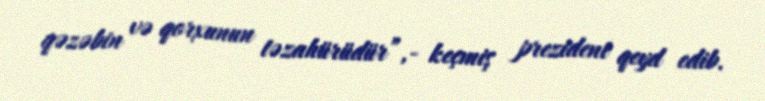
qəzəbin və qorxunun təzahürüdür”,- keçmiş prezident qeyd edib.